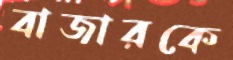
বাজারকে